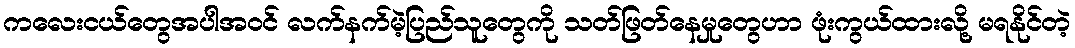
ကလေးငယ်တွေအပါအဝင် လက်နက်မဲ့ပြည်သူတွေကို သတ်ဖြတ်နေမှုတွေဟာ ဖုံးကွယ်ထားလို့ မရနိုင်တဲ့